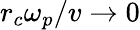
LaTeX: r_{c}\omega_{p}/v\rightarrow 0